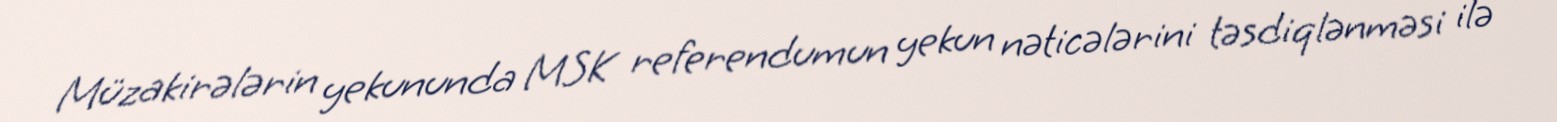
Müzakirələrin yekununda MSK referendumun yekun nəticələrini təsdiqlənməsi ilə